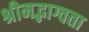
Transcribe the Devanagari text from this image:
श्रीमद्भाग्वता